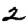
Digit: 2